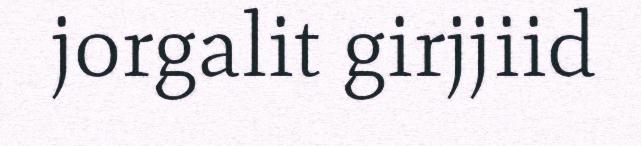
jorgalit girjjiid